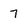
Character: 7